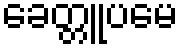
ခေတ္တူပမေ